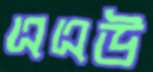
এএউ